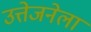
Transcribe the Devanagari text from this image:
उत्तेजनेला